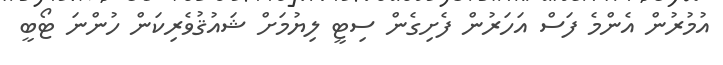
އުމުރުން އެންމެ ފަސް އަހަރުން ފެށިގެން ސިޓީ ލިޔުމަށް ޝައުޤުވެރިކަން ހުންނަ ޓޯބީ